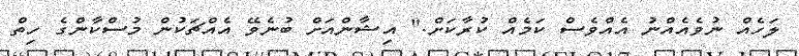
ލަހެއް ނުވެއެއްނު އެއްވެސް ކަމެއް ކުރާކަށް." އިޝާންއަށް ބުނެވޭ އެއްޗަކުން މުސްކާންގެ ހިތް